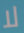
لا